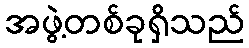
အဖွဲ့တစ်ခုရှိသည်